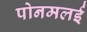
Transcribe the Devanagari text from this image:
पोनमलई